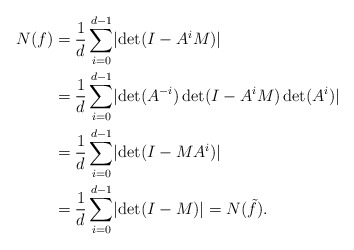
\begin{align*} N(f)&=\frac{1}{d}\sum_{i=0}^{d-1} \lvert\det(I-A^i M)\rvert\\ &=\frac{1}{d}\sum_{i=0}^{d-1} \lvert \det(A^{-i})\det(I-A^i M)\det(A^i)\rvert\\ &=\frac{1}{d}\sum_{i=0}^{d-1} \lvert \det(I- MA^i)\rvert\\ &=\frac{1}{d}\sum_{i=0}^{d-1} \lvert \det(I- M)\rvert =N(\tilde f).\end{align*}